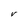
Character: V